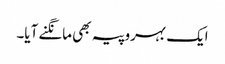
ایک بہروپیہ بھی مانگنے آیا۔